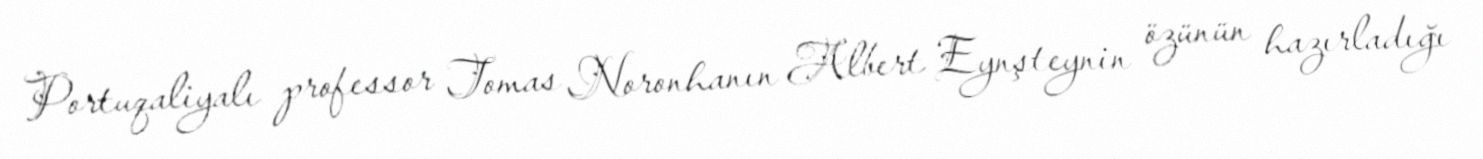
Portuqaliyalı professor Tomas Noronhanın Albert Eynşteynin özünün hazırladığı